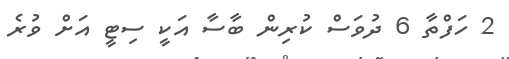
2 ހަފްތާ 6 ދުވަސް ކުރިން ބާސާ އަކީ ސިޓީ އަށް ވުރެ